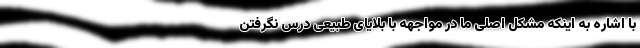
با اشاره به اینکه مشکل اصلی ما در مواجهه با بلایای طبیعی درس نگرفتن